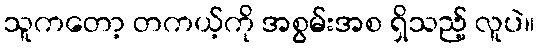
သူကတော့ တကယ့်ကို အစွမ်းအစ ရှိသည့် လူပဲ။